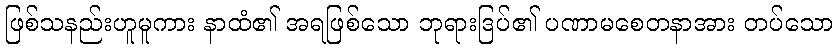
ဖြစ်သနည်းဟူမူကား နာထံ၏ အရဖြစ်သော ဘုရားဒြပ်၏ ပဏာမစေတနာအား တပ်သော